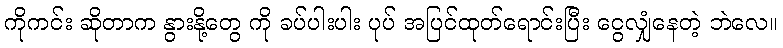
ကိုကင်း ဆိုတာက နွားနို့တွေ ကို ခပ်ပါးပါး ပုပ် အပြင်ထုတ်ရောင်းပြီး ငွေလျှံနေတဲ့ ဘဲလေ။